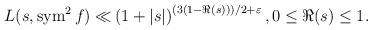
LaTeX: \begin{align*} L(s, \operatorname{sym}^2 f) \ll & \left( 1+|s| \right)^{(3(1-\Re(s)))/2+\varepsilon}, 0 \leq \Re(s) \leq 1.\end{align*}